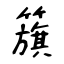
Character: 簱